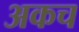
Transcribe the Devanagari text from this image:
अकच